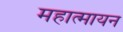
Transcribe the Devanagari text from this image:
महात्मायन